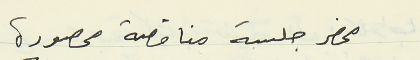
محضر جلسة مناقصة محصورة